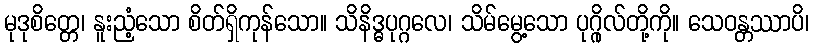
မုဒုစိတ္တေ၊ နူးညံ့သော စိတ်ရှိကုန်သော။ သိနိဒ္ဓပုဂ္ဂလေ၊ သိမ်မွေ့သော ပုဂ္ဂိုလ်တို့ကို။ သေဝန္တဿာပိ၊